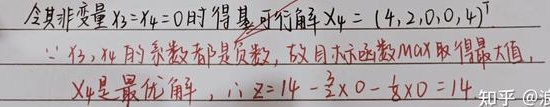
令非变量 \(x_{3}=x_{4}=0\) 时得基可行解 \(X_{4} = (4,2,0,0,4)^{T}\)。

\(\because x_{3},x_{4}\) 的系数都是负数，故目标函数 \(\text{MAX}\) 取得最大值，\(X_{4}\) 是最优解。

\(\therefore Z = 14 - \frac{3}{2}×0 - \frac{5}{2}×0 = 14\)

知乎@浪